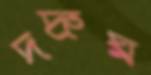
দদ্রুঘ্ন